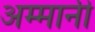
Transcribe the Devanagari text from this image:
अम्मानी